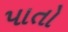
પાતો